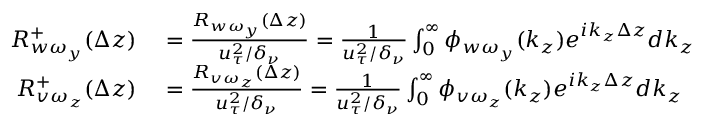
\begin{array} { r l } { R _ { w \omega _ { y } } ^ { + } ( \Delta z ) } & { { } = \frac { R _ { w \omega _ { y } } ( \Delta z ) } { u _ { \tau } ^ { 2 } / \delta _ { \nu } } = \frac { 1 } { u _ { \tau } ^ { 2 } / \delta _ { \nu } } \int _ { 0 } ^ { \infty } \phi _ { w \omega _ { y } } ( k _ { z } ) e ^ { i k _ { z } \Delta z } d k _ { z } } \\ { R _ { v \omega _ { z } } ^ { + } ( \Delta z ) } & { { } = \frac { R _ { v \omega _ { z } } ( \Delta z ) } { u _ { \tau } ^ { 2 } / \delta _ { \nu } } = \frac { 1 } { u _ { \tau } ^ { 2 } / \delta _ { \nu } } \int _ { 0 } ^ { \infty } \phi _ { v \omega _ { z } } ( k _ { z } ) e ^ { i k _ { z } \Delta z } d k _ { z } } \end{array}